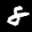
Label: 8